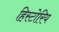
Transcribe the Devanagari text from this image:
हिस्टोरिय